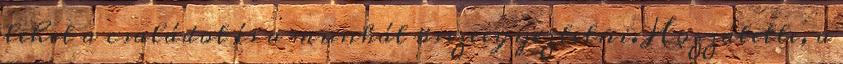
lehet a családot és a munkát összeegyeztetni. Hozzátette, a